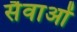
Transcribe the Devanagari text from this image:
सैवाओं